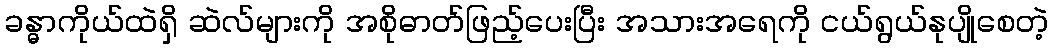
ခန္ဓာကိုယ်ထဲရှိ ဆဲလ်များကို အစိုဓာတ်ဖြည့်ပေးပြီး အသားအရေကို ငယ်ရွယ်နုပျိုစေတဲ့